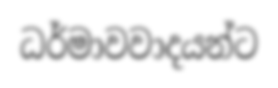
ධර්මාවවාදයන්ට